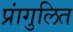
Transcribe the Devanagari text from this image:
प्रांगुलित